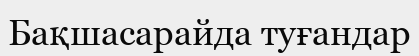
Бақшасарайда туғандар